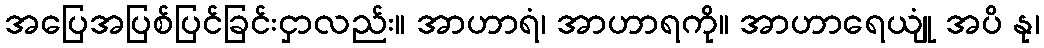
အပြေအပြစ်ပြင်ခြင်းငှာလည်း။ အာဟာရံ၊ အာဟာရကို။ အာဟာရေယျုံ အပိ နု၊